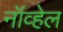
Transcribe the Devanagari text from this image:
नॉव्हेल